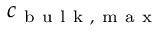
c _ { \mathrm { ~ b ~ u ~ l ~ k ~ , ~ m ~ a ~ x ~ } }